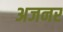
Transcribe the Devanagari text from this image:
अजनर